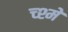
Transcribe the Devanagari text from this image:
च्श्मे